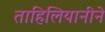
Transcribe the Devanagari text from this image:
ताहिलियानीने